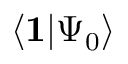
\langle \mathbf { 1 } | \Psi _ { 0 } \rangle